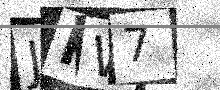
Text: JRW7